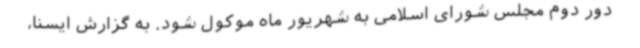
دور دوم مجلس شورای اسلامی به شهریور ماه موکول شود. به گزارش ایسنا،